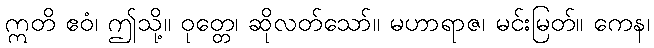
ဣတိ ဧဝံ၊ ဤသို့။ ဝုတ္တေ၊ ဆိုလတ်သော်။ မဟာရာဇ၊ မင်းမြတ်။ ကေန၊